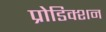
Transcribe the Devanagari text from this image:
प्रोडिक्शन